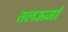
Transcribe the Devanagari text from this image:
तलऊर्जा